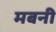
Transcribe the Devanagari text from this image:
मबनी